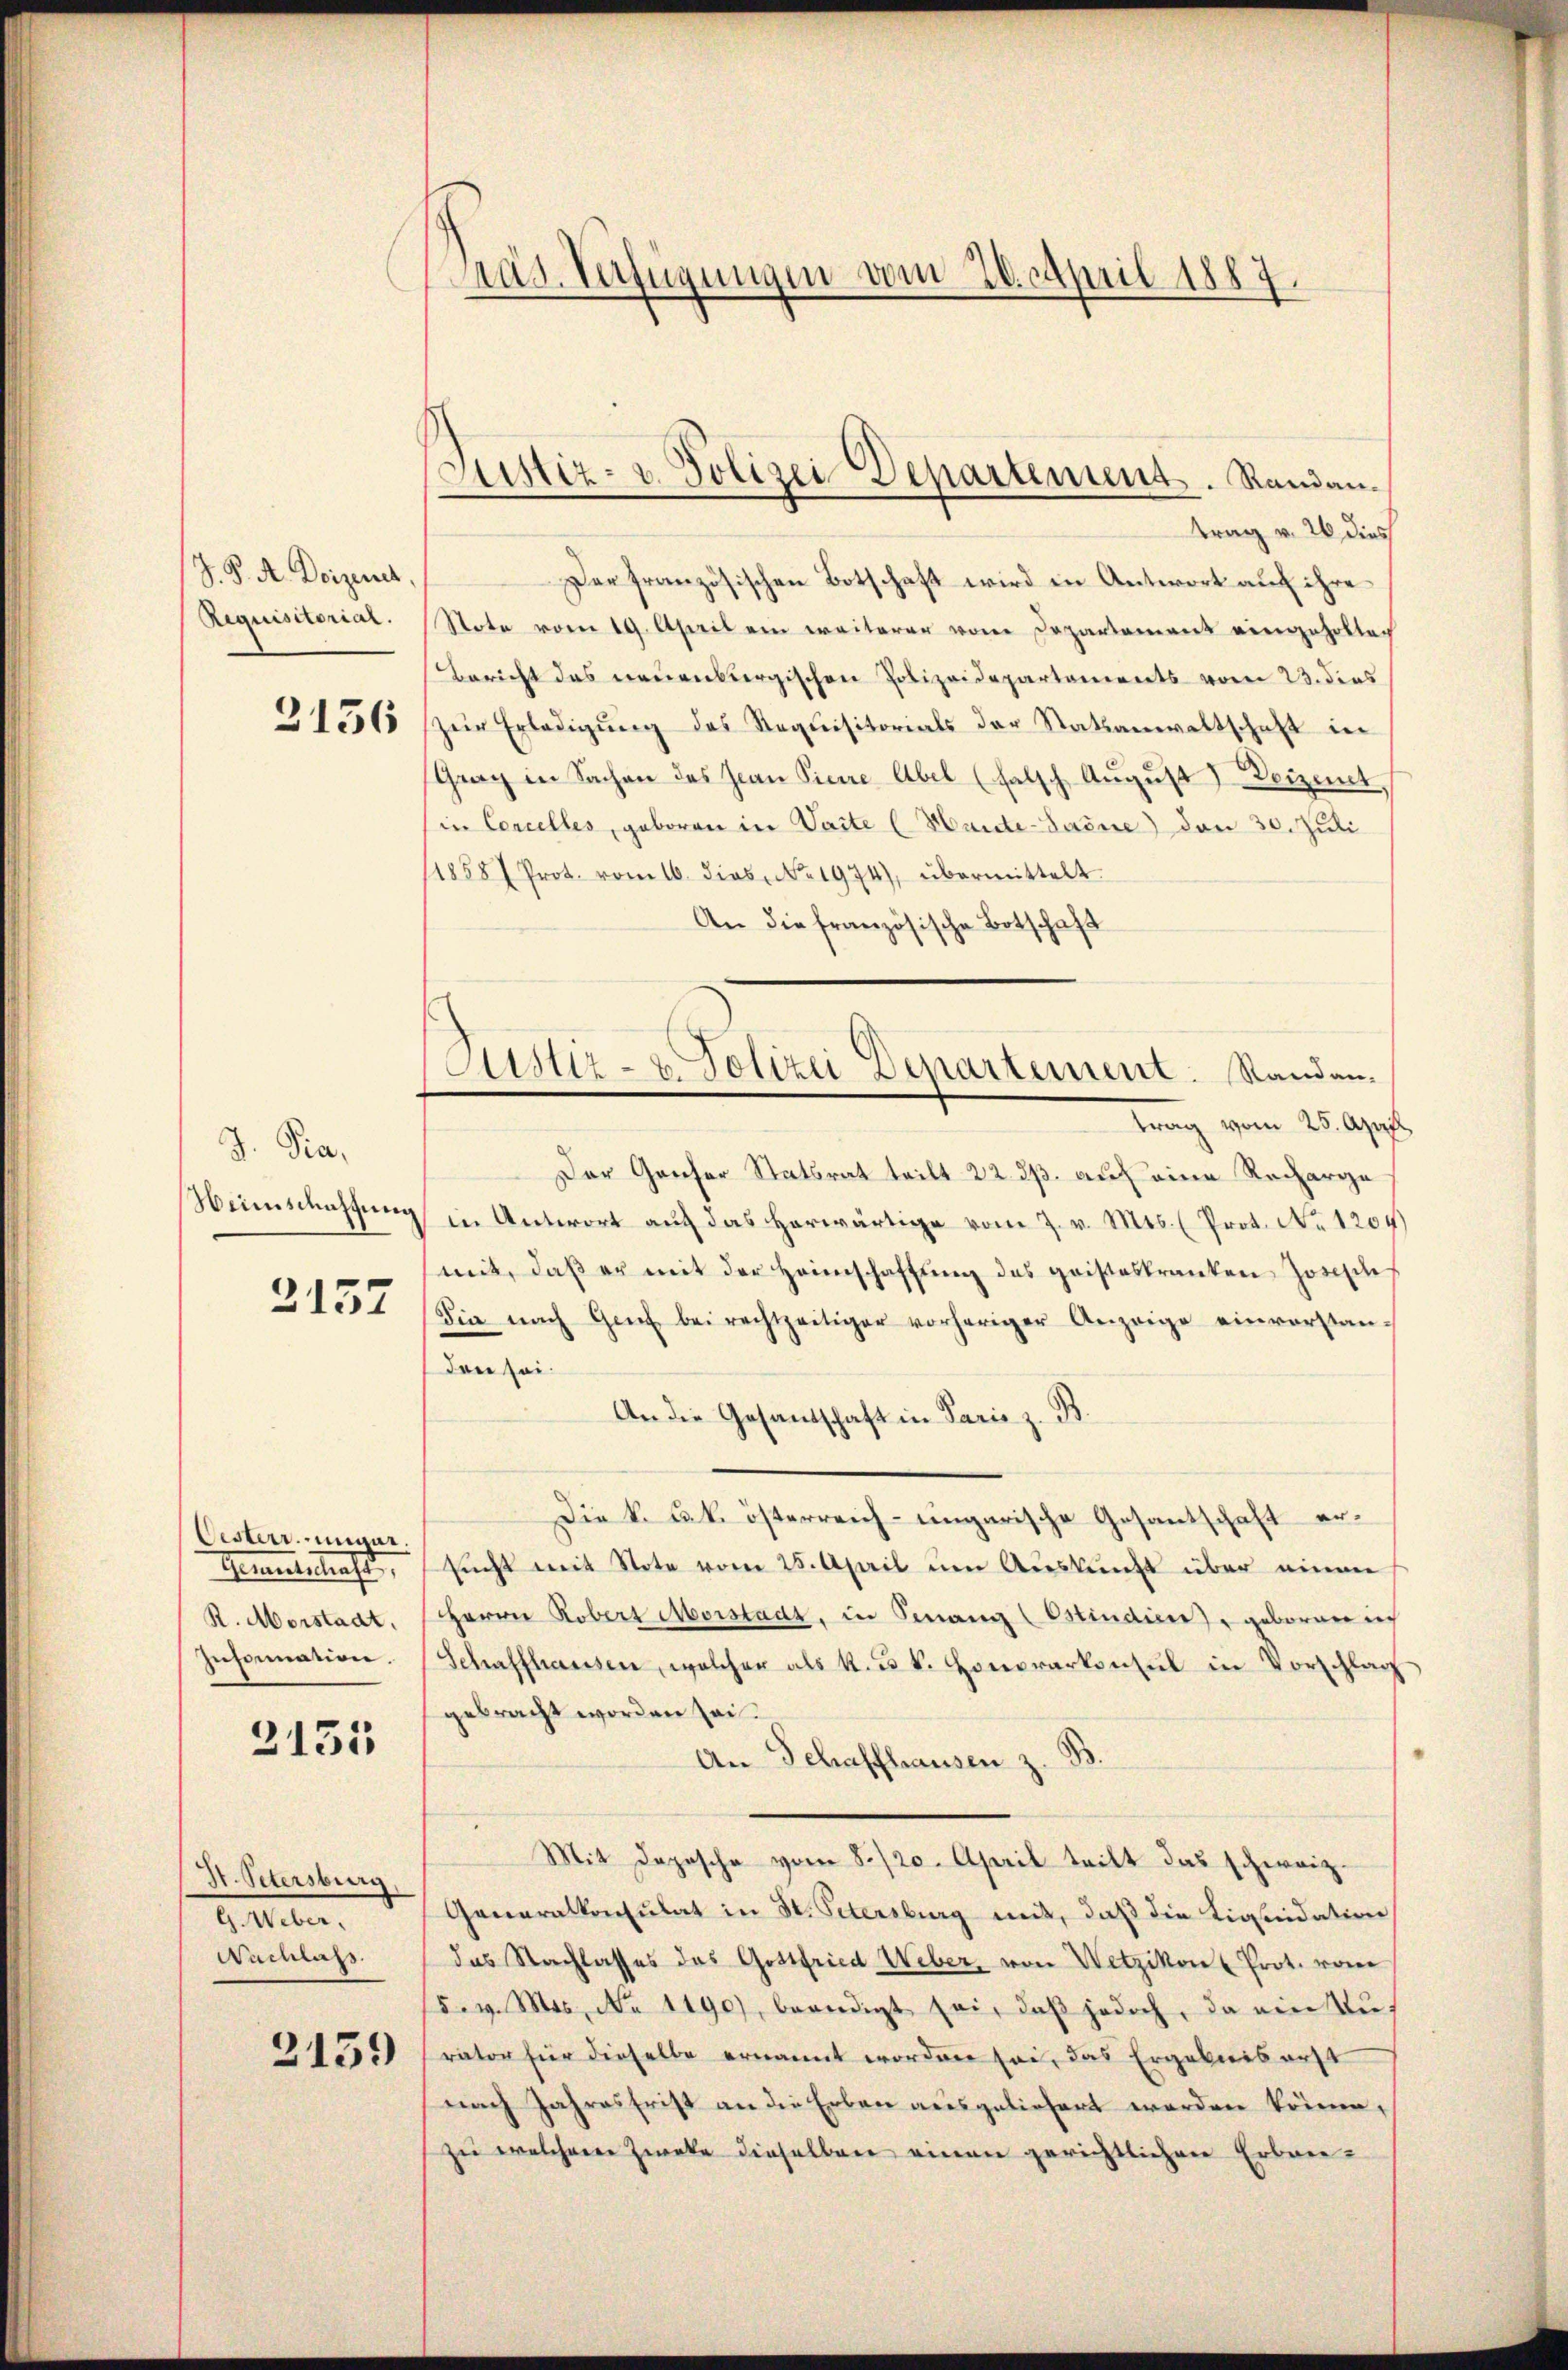
J. P. A. Derzenet,
Requisitorial.

2136

J. Pra,
Weinschaftung

2157

Oesterr. ungar.
Gautschaft,
R. Morstaat.
Insommation.

3155

Hr. Petersburg,
G. Neben.
Nachlass

2139

rad. Verfügungen vom 20. April 1887.

Justiz- u. Polizei-Departement. Randan¬

Justiz- & Polizei Departement: Standan¬

trag v. 26 dies
Derfranzösischen Botschaft wird in Antwort auf ihre
Stote vom 19. April ein weiterer von Departement eingeholtech
Bericht das neuenburgischen Polizeidepartements vom 23. dies
zur Erledigung des Requisitorials der Statsanwaltschaft in
Grag in Sachen des Jean Pierre Abel (falsch August Deizenet,
in Concelles, geboren in Vaite (Hande-Saine) den 30. Juli
118587 Prot. vom 16. dies No. 1974), übermittelt
An die französische Botschaft
trag vom 25. April
Der Genfer Statsrat teilt 22. dß. auf eine Recharge
in Antwort aŭf das herwärtige vom 7. v. Mts. (Prot. No. 1204)
mit, daβ er mit der Heimschaffŭng des geisteskranken Joseph
Die nach Genf bei rechtzeitiger vorheriger Anzeige einvorstanden sei.
An die Gesandschaft in Paris z. B
Die k. Jak. österreich-ungarische Gesantschaft ersucht mit Stote vom 25. April um Auskunft über einem
Herrn Robert Morstadt, in Genang (Ostindung, geboren in
Schaffhausen, welcher als k. u. k. Honorarkonsul in Vorschlag
gebracht worden sei.
An Schaffhausen z. B.
Mit Depesche vom 8./20. April teilt das schweiz.
Generalkonsulat in St. Petersburg mit, daß die Liquidation
das Nachlasses das Gottfried Weber, von Wetzikon u Prot. vom
5. v. Mts., No 1190), beendigt sei, daβ jedoch, da ein Auf
rator für dieselbe ernannt worden sei, das Ergebnis erst
nach Jahresfrist an die Erben ausgeliefert werden könne,
zu welchere Zwecke dieselben einen gerichtlichen Erbre¬